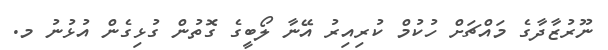
ނޫރުޒާދާގެ މައްޗަށް ހުކުމް ކުރިއިރު އޭނާ ލޯބީގެ ގޮތުން ގުޅިގެން އުޅުނު މ.